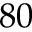
8 0